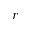
r